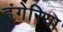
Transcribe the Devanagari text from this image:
हंगेरिया